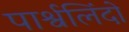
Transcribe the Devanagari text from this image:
पार्श्वलिंदों